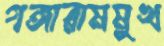
গঙ্গারামমুখ